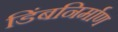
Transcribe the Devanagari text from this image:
डिंबनिर्माण